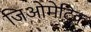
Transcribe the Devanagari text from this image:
जिओमेट्रिक